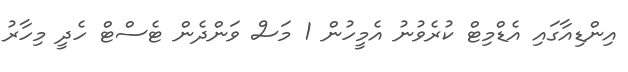
އިންޑިއާގައި އެޑްމިޓް ކުރެވުނު އެމީހުން 1 މަސް ވަންދެން ޓެސްޓް ހެދީ މިހާރު